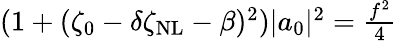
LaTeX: \begin{array}{r}{(1+(\zeta_{0}-\delta\zeta_{\mathrm{NL}}-\beta)^{2})|a_{0}|^{2}=\frac{f^{2}}{4}}\end{array}